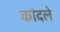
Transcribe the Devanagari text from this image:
कांदले